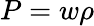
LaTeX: P=w\rho